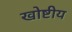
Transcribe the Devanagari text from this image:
खोष्टीय